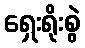
ရှေးရိုးစွဲ